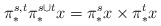
\begin{align*} \pi^{s,t}_* \pi^{s\cup t}_* x = \pi^s_* x \times \pi^t_* x \end{align*}